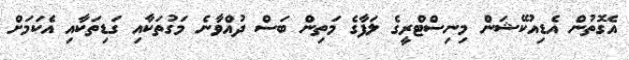
އެގޮތުން އެޑިއުކޭޝަން މިނިސްޓްރީގެ ލަފާގެ މަތިން ބަސް ދުއްވާނެ މަގުތަކާއި ގަޑިތަކާއި އެކަމަށް